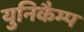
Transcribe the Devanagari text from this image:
युनिकैम्प